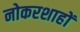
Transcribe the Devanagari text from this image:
नोकरशाहों